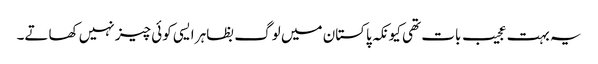
یہ بہت عجیب بات تھی کیونکہ پاکستان میں لوگ بظاہر ایسی کوئی چیز نہیں کھاتے۔